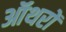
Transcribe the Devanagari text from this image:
ऑथरों